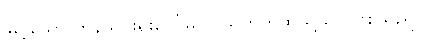
မြင့်သော ကန်သင်းရိုးပေါ်မှ လယ်ကွက်ထဲသို့သာ ဖြစ်သည်။